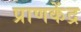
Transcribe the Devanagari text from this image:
प्राणकेंद्र